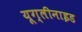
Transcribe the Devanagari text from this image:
यूग्लीनाइड